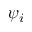
\psi _ { i }